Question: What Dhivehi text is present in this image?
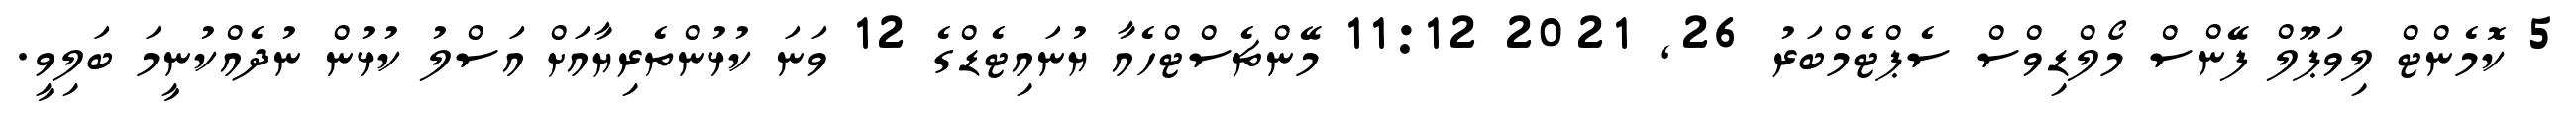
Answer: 5 ކޮމެންޓް ލިވަޕޫލް ފޭންސް މޯލްޑިވްސް ސެޕްޓެމްބަރު 26, 2021 11:12 މޭންޗެސްޓްހެއާ ޔުނައިޓެޑްގެ 12 ވަނަ ކުޅުންތެރިޔާއަށް އަސްލު ކުޅުން ނުދެއްކުނީމަ ބަލިވީ.